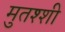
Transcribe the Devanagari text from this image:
मुतश्शी